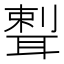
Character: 𦖨